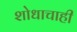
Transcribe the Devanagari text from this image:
शोधाचाही